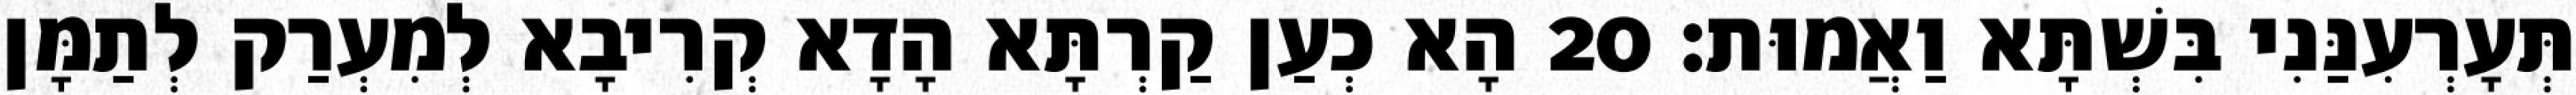
תְּעָרְעִנַּנִי בִּשְׁתָּא וַאֲמוּת׃ 20 הָא כְעַן קַרְתָּא הָדָא קְרִיבָא לְמִעְרַק לְתַמָּן